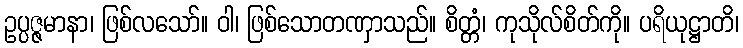
ဥပ္ပဇ္ဇမာနာ၊ ဖြစ်လသော်။ ဝါ၊ ဖြစ်သောတဏှာသည်။ စိတ္တံ၊ ကုသိုလ်စိတ်ကို။ ပရိယုဋ္ဌာတိ၊